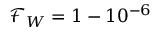
\mathcal { F } _ { W } = 1 - 1 0 ^ { - 6 }